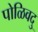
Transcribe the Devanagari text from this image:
पोळिवदु